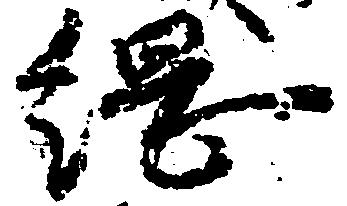
綱